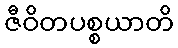
ဇီဝိတပစ္စယာတိ